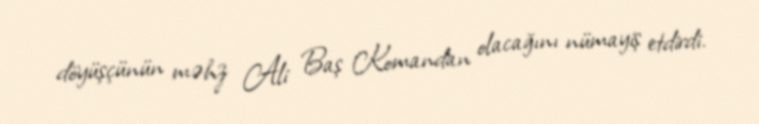
döyüşçünün məhz Ali Baş Komandan olacağını nümayiş etdirdi.